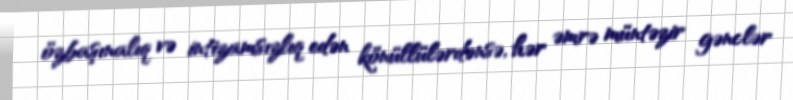
özbaşınalıq və intizamsızlıq edən könüllülərdənsə, hər əmrə müntəzir gənclər